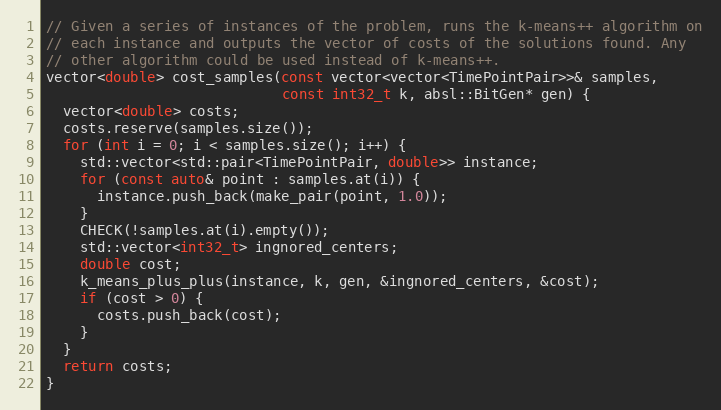
Language: C++
// Given a series of instances of the problem, runs the k-means++ algorithm on
// each instance and outputs the vector of costs of the solutions found. Any
// other algorithm could be used instead of k-means++.
vector<double> cost_samples(const vector<vector<TimePointPair>>& samples,
                            const int32_t k, absl::BitGen* gen) {
  vector<double> costs;
  costs.reserve(samples.size());
  for (int i = 0; i < samples.size(); i++) {
    std::vector<std::pair<TimePointPair, double>> instance;
    for (const auto& point : samples.at(i)) {
      instance.push_back(make_pair(point, 1.0));
    }
    CHECK(!samples.at(i).empty());
    std::vector<int32_t> ingnored_centers;
    double cost;
    k_means_plus_plus(instance, k, gen, &ingnored_centers, &cost);
    if (cost > 0) {
      costs.push_back(cost);
    }
  }
  return costs;
}